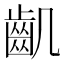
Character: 𪗗